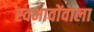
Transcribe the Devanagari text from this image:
स्वभावोंवाला